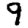
Digit: 9